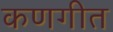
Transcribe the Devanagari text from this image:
कणगीत